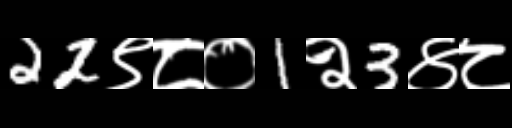
Text: 22९८०1२3४८